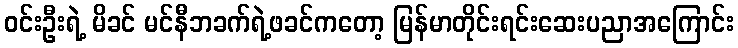
ဝင်းဦးရဲ့ မိခင် မင်နီဘခက်ရဲ့ဖခင်ကတော့ မြန်မာတိုင်းရင်းဆေးပညာအကြောင်း